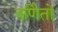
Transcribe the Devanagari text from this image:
वर्णितो